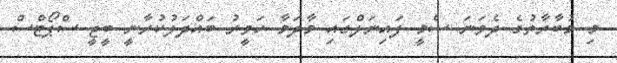
މި މުބާރާތުގެ ދެވަނަ ސެމީ ފައިނަލްގައި މާދަމާ ހަވީރު ބައްދަލުކުރާނީ ބީޖީ ސްޕޯޓްސް